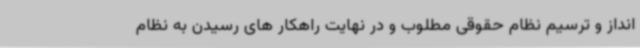
انداز و ترسیم نظام حقوقی مطلوب و در نهایت راهکار های رسیدن به نظام